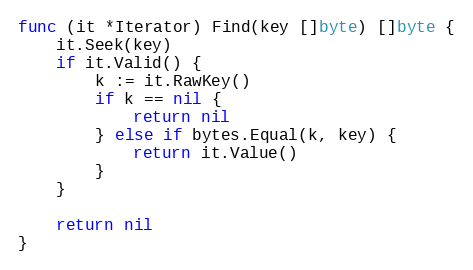
Language: Go
func (it *Iterator) Find(key []byte) []byte {
	it.Seek(key)
	if it.Valid() {
		k := it.RawKey()
		if k == nil {
			return nil
		} else if bytes.Equal(k, key) {
			return it.Value()
		}
	}

	return nil
}